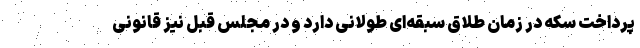
پرداخت سکه در زمان طلاق سبقه‌ای طولانی دارد و در مجلس قبل نیز قانونی